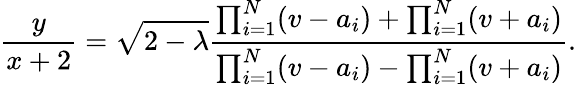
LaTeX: \frac{y}{x+2}=\sqrt{2-\lambda}\frac{\prod_{i=1}^{N}(v-a_{i})+\prod_{i=1}^{N}(v+a_{i})}{\prod_{i=1}^{N}(v-a_{i})-\prod_{i=1}^{N}(v+a_{i})}.